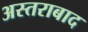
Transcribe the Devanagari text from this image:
अस्तराबाद